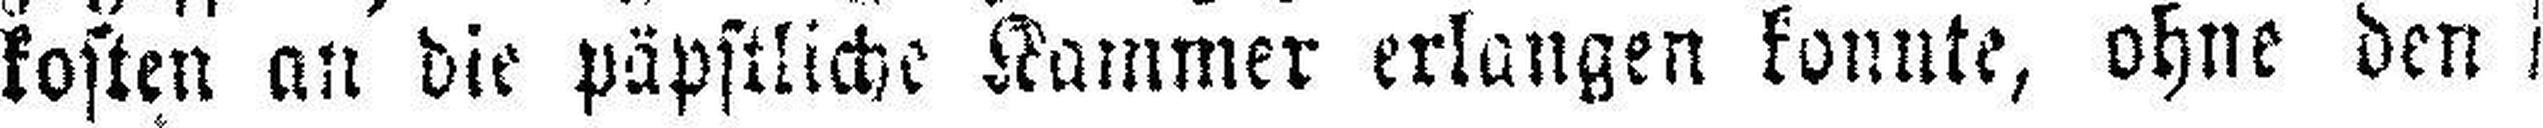
kosten an die päpstliche Kammer erlangen konnte, ohne den